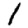
Digit: 1